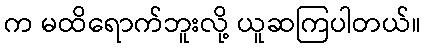
က မထိရောက်ဘူးလို့ ယူဆကြပါတယ်။